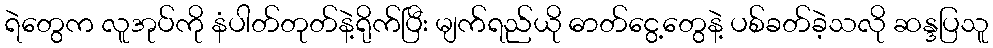
ရဲတွေက လူအုပ်ကို နံပါတ်တုတ်နဲ့ရိုက်ပြီး မျက်ရည်ယို ဓာတ်ငွေ့တွေနဲ့ ပစ်ခတ်ခဲ့သလို ဆန္ဒပြသူ